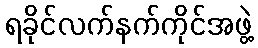
ရခိုင်လက်နက်ကိုင်အဖွဲ့